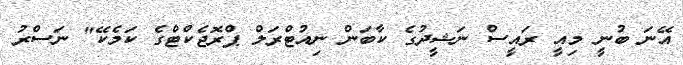
އޭނަ ބުނީ މިއީ ރައީސް ނަޝީދުގެ ކާބަން ނިއުޓްރަލް ޕްރޮޖެކްޓްގެ ކަމެކޭ" ނަސްރު